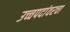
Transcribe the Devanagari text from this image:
उच्चपदांवरचा